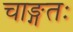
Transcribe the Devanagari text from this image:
चाङ्गतः